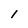
Character: 1